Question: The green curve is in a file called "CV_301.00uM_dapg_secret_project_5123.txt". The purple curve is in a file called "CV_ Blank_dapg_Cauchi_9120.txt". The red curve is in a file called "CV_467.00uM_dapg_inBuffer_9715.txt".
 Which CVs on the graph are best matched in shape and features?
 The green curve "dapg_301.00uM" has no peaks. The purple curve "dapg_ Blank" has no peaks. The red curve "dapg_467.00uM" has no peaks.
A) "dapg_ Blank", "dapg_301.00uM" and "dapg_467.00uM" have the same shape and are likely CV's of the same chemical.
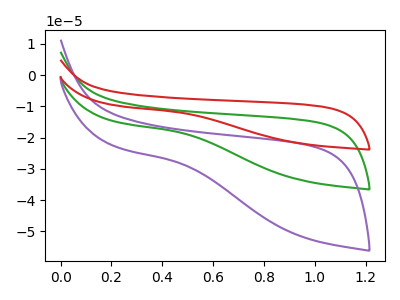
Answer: <think>Neither "dapg_301.00uM" or "dapg_ Blank" have any peaks. Neither "dapg_301.00uM" or "dapg_467.00uM" have any peaks. Neither "dapg_ Blank" or "dapg_467.00uM" have any peaks.
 </think>
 <answer>A) "dapg_ Blank", "dapg_301.00uM" and "dapg_467.00uM" have the same shape and are likely CV's of the same chemical.</answer>
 <eval>A</eval>